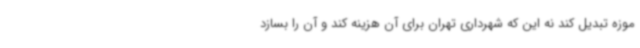
موزه تبدیل کند نه این که شهرداری تهران برای آن هزینه کند و آن را بسازد